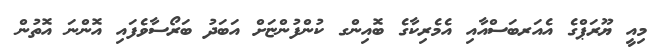
މިއީ ޔޫރަޕްގެ އެއަރބަސްއާއި އެމެރިކާގެ ބޮއިންގ ކުންފުންޏަށް އަބަދު ބަރޯސާވެފައި އޮންނަ އޮތުން